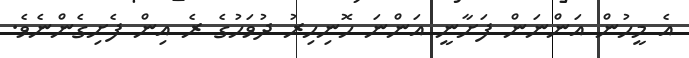
އެ މީހުން އަންނަން ފަށާނީ އަންނަ ހޮނިހިރު ދުވަހުގެ ރެ އިން ފެށިގެންނެވެ.